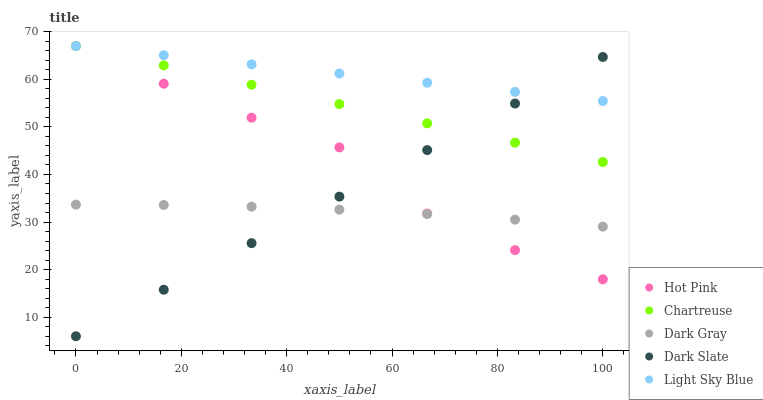
| xaxis_label | Hot Pink | Chartreuse | Dark Gray | Dark Slate | Light Sky Blue |
 | --- | --- | --- | --- | --- | --- |
 | 0 | 67 | 67 | 33.7 | 6 | 67 |
 | 16.7 | 59.1 | 62.9 | 33.6 | 15.8 | 65.1 |
 | 33.3 | 51.9 | 58.9 | 33.2 | 25.6 | 63.1 |
 | 50 | 45.7 | 54.8 | 32.6 | 35.3 | 61.2 |
 | 66.7 | 31.8 | 50.7 | 31.7 | 45.1 | 59.3 |
 | 83.3 | 24.1 | 46.7 | 30.5 | 54.9 | 57.4 |
 | 100 | 18 | 42.6 | 29 | 64.7 | 55.4 |